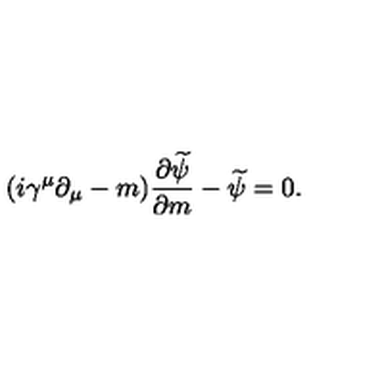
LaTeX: ( i \gamma ^ { \mu } \partial _ { \mu } - m ) \frac { \partial \widetilde { \psi } } { \partial m } - \widetilde { \psi } = 0 .